Report of the Indian Hemp Drugs Commission, 1894-1895 - Volume VIII
Year: 1894
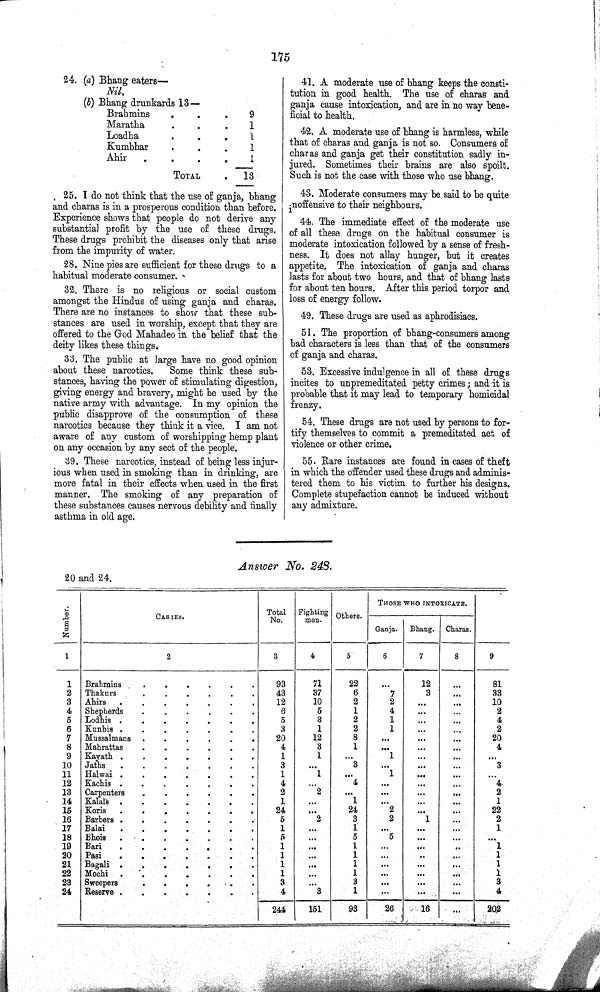
175
24. (a) Bhang eaters—
Nil.
(b) Bhang drunkards 13—
Brahmins
9
Maratha
1
Loadha
1
Kumbhar
1
Ahir
1
TOTAL
13
25. I do not think that the use of ganja, bhang
and charas is in a prosperous condition than before.
Experience shows that people do not derive any
substantial profit by the use of these drugs.
These drugs prohibit the diseases only that arise
from the impurity of water.
28. Nine pies are sufficient for these drugs to a
habitual moderate consumer.
32. There is no religious or social custom
amongst the Hindus of using ganja and charas.
There are no instances to show that these sub¬
stances are used in worship, except that they are
offered to the God Mahadeo in the belief that the
deity likes these things.
33. The public at large have no good opinion
about these narcotics. Some think these sub¬
stances, having the power of stimulating digestion,
giving energy and bravery, might be used by the
native army with advantage. In my opinion the
public disapprove of the consumption of these
narcotics because they think it a vice. I am not
aware of any custom of worshipping hemp plant
on any occasion by any sect of the people.
39. These narcotics, instead of being less injur¬
ious when used in smoking than in drinking, are
more fatal in their effects when used in the first
manner. The smoking of any preparation of
these substances causes nervous debility and finally
asthma in old age.
41. A moderate use of bhang keeps the consti¬
tution in good health. The use of charas and
ganja cause intoxication, and are in no way bene¬
ficial to health.
42. A moderate use of bhang is harmless, while
that of charas and ganja is not so. Consumers of
charas and ganja get their constitution sadly in¬
jured. Sometimes their brains are also spoilt.
Such is not the case with those who use bhang.
43. Moderate consumers may be said to be quite
inoffensive to their neighbours.
44. The immediate effect of the moderate use
of all these drugs on the habitual consumer is
moderate intoxication followed by a sense of fresh¬
ness. It does not allay hunger, but it creates
appetite. The intoxication of ganja and charas
lasts for about two hours, and that of bhang lasts
for about ten hours. After this period torpor and
loss of energy follow.
49. These drugs are used as aphrodisiacs.
51. The proportion of bhang-consumers among
bad characters is less than that of the consumers
of ganja and charas.
53. Excessive indulgence in all of these drugs
incites to unpremeditated petty crimes; and it is
probable that it may lead to temporary homicidal
frenzy.
54. These drugs are not used by persons to for¬
tify themselves to commit a premeditated act of
violence or other crime.
55. Rare instances are found in cases of theft
in which the offender used these drugs and adminis¬
tered them to his victim to further his designs.
Complete stupefaction cannot be induced without
any admixture.
Answer No. 248.
20 and 24.
Number.
CASTES.
Total
No.
Fighting
men.
Others.
THOSE WHO INTOXICATE.
Number.
CASTES.
Total
No.
Fighting
men.
Others.
Ganja.
Bhang. Charas.
Number.
CASTES.
Total
No.
Fighting
men.
Others.
Ganja.
Bhang. Charas.
Number.
CASTES.
Total
No.
Fighting
men.
Others.
Ganja.
Bhang. Charas.
1
2
3
4
5
6
7
8
9
1
Brahmins
93
71
22
12
81
2 Thakurs
43
37
6
7
3
33
3 Ahirs
12
10
2
2
10
4 Shepherds
6
5
1
4
2
5 Lodhis
5
3
2
1
4
6 Kunbis
3
1
2
1
2
7 Mussalmans
20
12
8
20
8 Mahrattas
4
3
1
4
9 Kayath
1
1
1
10 Jaths
3
3
3
11 Halwai
1
1
1
12 Kachis
4
4
4
13 Carpenters
2
2
2
14 Kalals
1
1
1
15 Koris
24
24
2
22
16 Barbers
5
2
3
2
1
2
17 Balai
1
1
1
18 Bhois
5
5
5
19 Bari
1
1
1
20 Pasi
1
1
1
21 Bagali
1
1
1
22 Mochi
1
1
1
23 Sweepers
3
3
3
24 Reserve
4
3
1
4
244
151
93
26
16
202